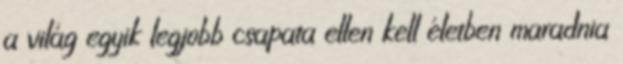
a világ egyik legjobb csapata ellen kell életben maradnia